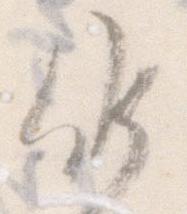
候